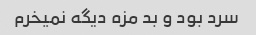
سرد بود و بد مزه دیگه نمیخرم